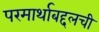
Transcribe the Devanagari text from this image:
परमार्थाबद्दलची